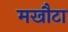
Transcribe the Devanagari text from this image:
मखौटा